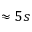
\approx 5 s